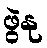
ဖွဲနု